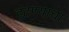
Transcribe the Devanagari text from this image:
हटण्याचा